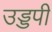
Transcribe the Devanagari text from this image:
उड्डपी